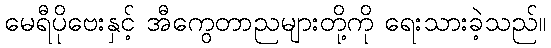
မေရီပိုဗေးနှင့် အီကွေတာညများတို့ကို ရေးသားခဲ့သည်။